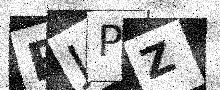
Text: RJPZ